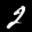
Label: 2